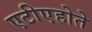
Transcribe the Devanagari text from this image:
एटीएहोते